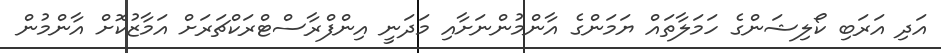
އަދި އަރަބި ކޯލިޝަންގެ ހަމަލާތައް ޔަމަންގެ އާންމުންނަށާއި މަދަނީ އިންފްރާސްޓްރަކްޗަރަށް އަމާޒުކޮށް އާންމުން